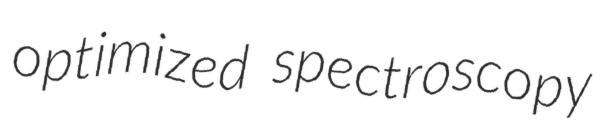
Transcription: optimized spectroscopy